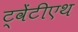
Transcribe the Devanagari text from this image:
ट्वेंटीएथ